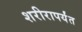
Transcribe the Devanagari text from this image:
शरीरापर्यंत